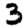
Digit: 3